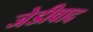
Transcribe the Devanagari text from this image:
जेडीवाद